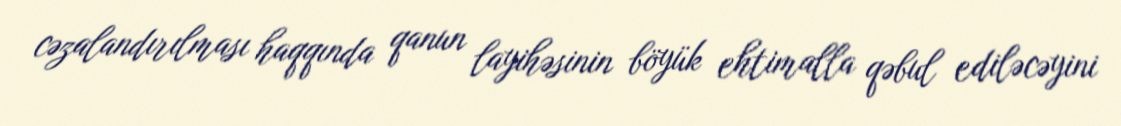
cəzalandırılması haqqında qanun layihəsinin böyük ehtimalla qəbul ediləcəyini